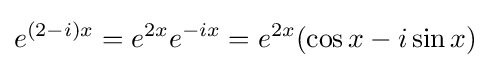
e^{(2-i)x}=e^{2x}e^{-ix}=e^{2x}(\cos x-i\sin x)